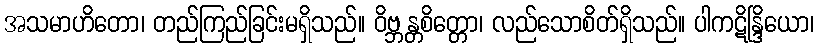
အသမာဟိတော၊ တည်ကြည်ခြင်းမရှိသည်။ ဝိဗ္ဘန္တစိတ္တော၊ လည်သောစိတ်ရှိသည်။ ပါကဋိန္ဒြိယော၊